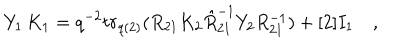
LaTeX: Y _ { 1 } \, K _ { 1 } = q ^ { - 2 } t r _ { q ( 2 ) } ( R _ { 2 1 } K _ { 2 } \hat { R } _ { 2 1 } ^ { - 1 } Y _ { 2 } R _ { 2 1 } ^ { - 1 } ) + [ 2 ] I _ { 1 } \quad ,